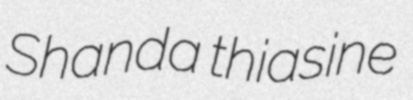
Shanda thiasine